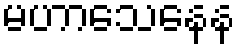
မဟာသေနေန